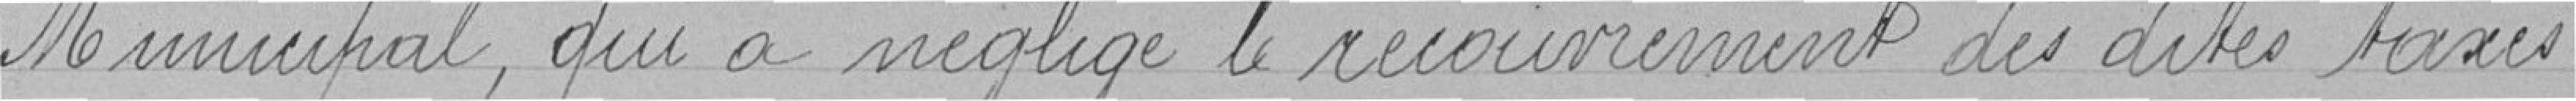
Municipal, qui a négligé le recouvrement des dites taxes.